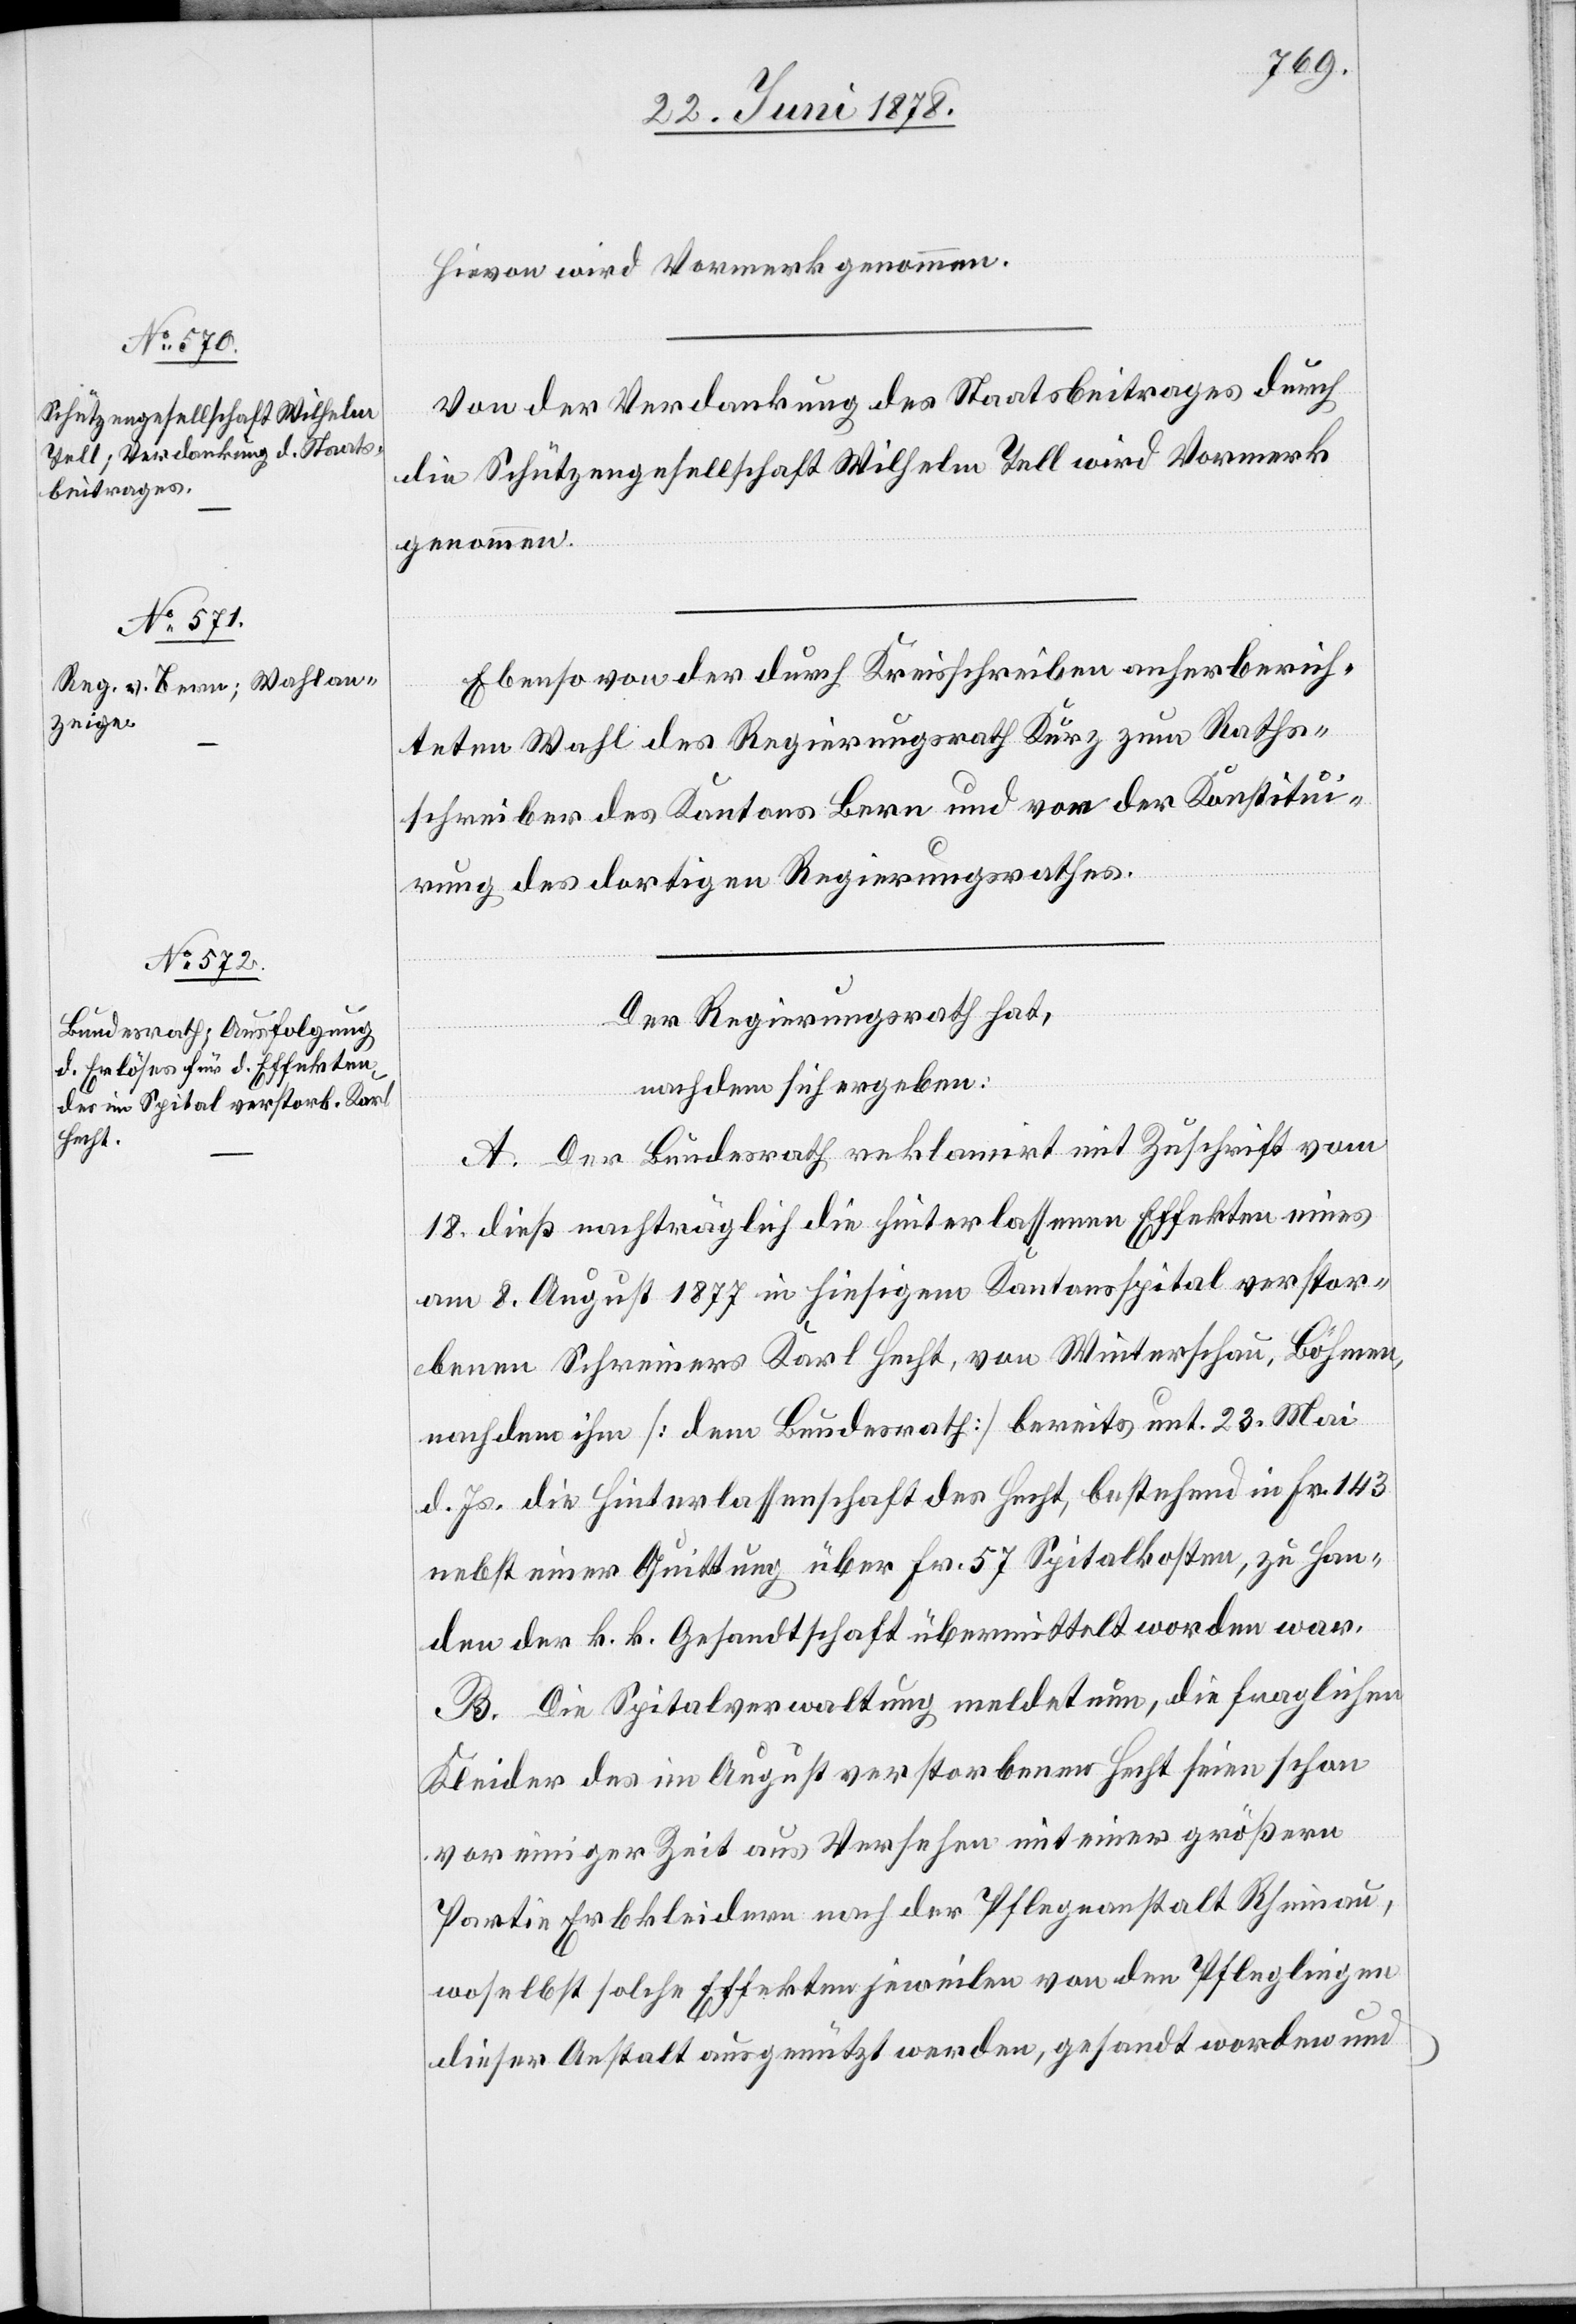
Hievon wird Vormerk genommen.
Von der Verdankung des Staatsbeitrages durch
die Schützengesellschaft Wilhelm Tell wird Vormerk
genommen.
Ebenso von der durch Kreisschreiben anher berich¬
teten Wahl des Regierungsrath Kurz zum Raths¬
schreiber des Kantons Bern und von der Konstitui¬
rung des dortigen Regierungsrathes.
Der Regierungsrath hat,
nachdem sich ergeben:
A. Der Bundesrath reklamirt mit Zuschrift vom
18. dieß nachträglich die hinterlassenen Effekten eines
am 8. August 1877 in hiesigem Kantonsspital verstor¬
benen Schreiners Karl Hecht, von Winterschau, Böhmen,
nachdem ihm [dem Bundesrath] bereits unt. 23. Mai
d. Js. die Hinterlassenschaft des Hecht, bestehend in Fr. 143
nebst einer Quittung über Fr. 57 Spitalkosten, zu Han¬
den der k. k. Gesandtschaft übermittelt worden war.
B. Die Spitalverwaltung meldet nun, die fraglichen
Kleider des im August verstorbenen Hecht seien schon
vor einiger Zeit aus Versehen mit einer größern
Partie Erbkleidern nach der Pflegeanstalt Rheinau,
woselbst solche Effekten jeweilen von den Pfleglingen
dieser Anstalt ausgenützt werden, gesandt worden und